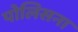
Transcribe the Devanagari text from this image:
पोलिसना